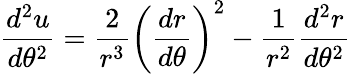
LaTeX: {\frac{d^{2}u}{d\theta^{2}}}={\frac{2}{r^{3}}}\left({\frac{dr}{d\theta}}\right)^{2}-{\frac{1}{r^{2}}}{\frac{d^{2}r}{d\theta^{2}}}